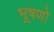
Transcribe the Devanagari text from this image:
भूषणो